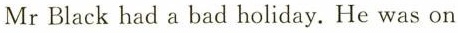
Mr Black had a bad holiday. He was on